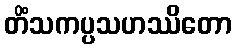
တိံသကပ္ပသဟဿိတော